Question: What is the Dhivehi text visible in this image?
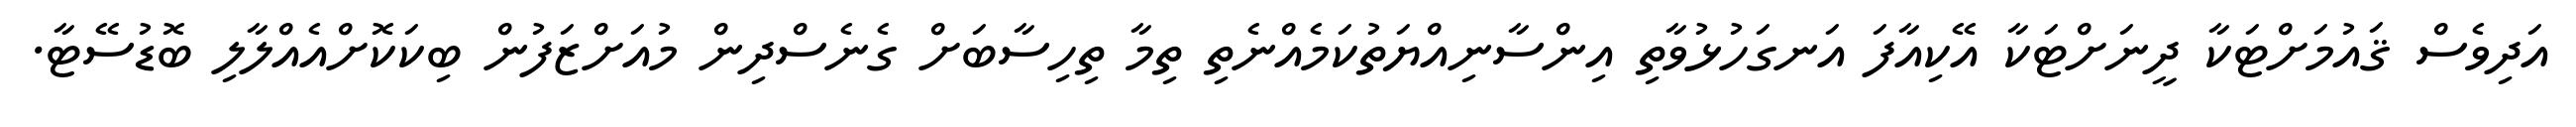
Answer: އަދިވެސް ޤައުމަށްޓަކާ ދީނަށްޓަކާ އޭކިއާފަ އަނގަހުޅުވާތި އިންސާނިއްޔަތުކަމެއްނެތި ތިމާ ތިހިސާބަށް ގެނެސްދިން މުއަށްޒަފުން ބިކަކޮށްއެއްލާލި ބޮޑުސޭޓާ.